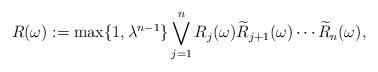
LaTeX: \begin{align*}R(\omega):=\max\{1,\lambda^{n-1}\}\bigvee_{j=1}^{n}R_j(\omega)\widetilde{R}_{j+1}(\omega)\cdots\widetilde{R}_{n}(\omega),\end{align*}